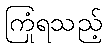
ကြုံရသည့်